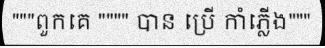
"""ពួកគេ """" បាន ប្រើ កាំភ្លើង"""